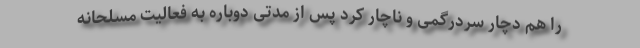
را هم دچار سردرگمی و ناچار کرد پس از مدتی دوباره به فعالیت مسلحانه